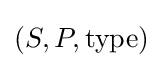
(S,P,\operatorname {type} )